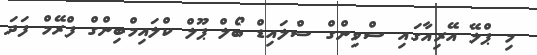
މި ޕްލޭ އޭރިއާގައި ސްވިންގް ސްލައިޑް ބޯލް ޕޫލް ކްލައިމްބިންގް ފްރޭމް ފަދަ